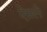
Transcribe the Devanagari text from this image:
ऐसले